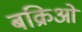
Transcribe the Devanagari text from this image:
बक्रिओं